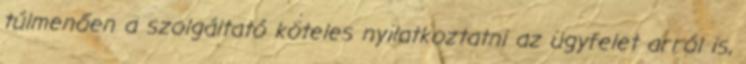
túlmenően a szolgáltató köteles nyilatkoztatni az ügyfelet arról is,